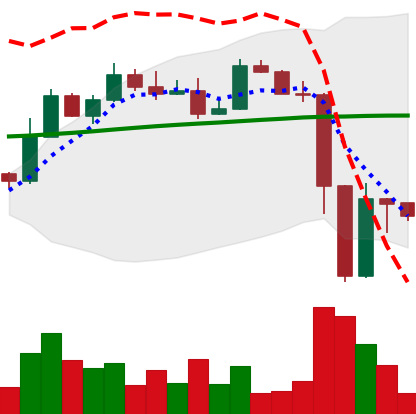
Ticker: ETH-USD
Chart end date: 2022-11-12
Forward return: -4.339%
Label: down_3_5